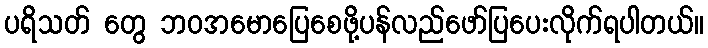
ပရိသတ် တွေ ဘဝအမောပြေစေဖို့ပန်လည်ဖော်ပြပေးလိုက်ရပါတယ်။